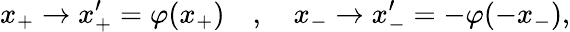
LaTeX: x_{+}\to x_{+}^{\prime}=\varphi(x_{+})\quad,\quad x_{-}\to x_{-}^{\prime}=-\varphi(-x_{-}),